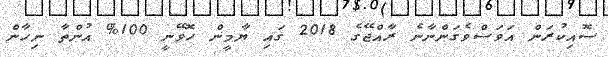
ސޮއިކުރަން އަވަސްވެގަންނާނެ ރާއްޖޭގެ 2018 ގައި ޔާމީން ހޮވޭނީ 100% އުންތާ ނިހާން